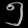
Digit: ၅